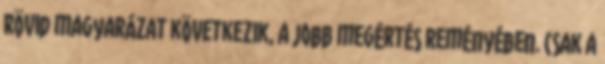
Rövid magyarázat következik, a jobb megértés reményében. Csak a